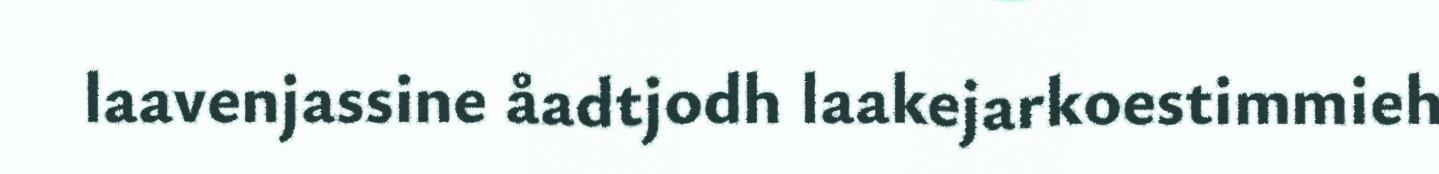
laavenjassine åadtjodh laakejarkoestimmieh